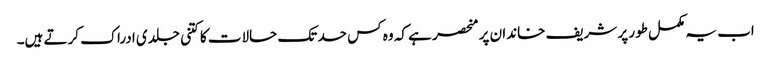
اب یہ مکمل طور پر شریف خاندان پر منحصر ہے کہ وہ کس حد تک حالات کا کتنی جلدی ادراک کرتے ہیں۔